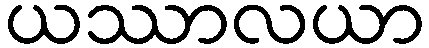
ယဿာလယာ